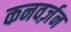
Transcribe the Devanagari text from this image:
कनवर्ज़न